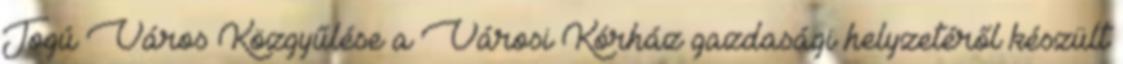
Jogú Város Közgyűlése a Városi Kórház gazdasági helyzetéről készült